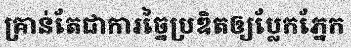
គ្រាន់តែជាការច្នៃប្រឌិតឲ្យប្លែកភ្នែក